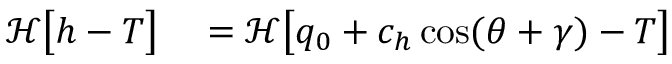
\begin{array} { r l } { \mathcal { H } \big [ h - T \big ] } & { { } = \mathcal { H } \big [ q _ { 0 } + c _ { h } \cos ( \theta + \gamma ) - T \big ] } \end{array}